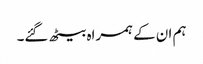
ہم ان کے ہمراہ بیٹھ گئے۔